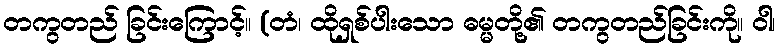
တကွတည် ခြင်းကြောင့်။ (တံ၊ ထိုရှစ်ပါးသော ဓမ္မတို့၏ တကွတည်ခြင်းကို။ ဝါ၊